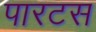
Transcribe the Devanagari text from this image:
पारटस